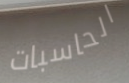
الحاسبات